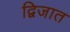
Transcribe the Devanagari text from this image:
द्विजात